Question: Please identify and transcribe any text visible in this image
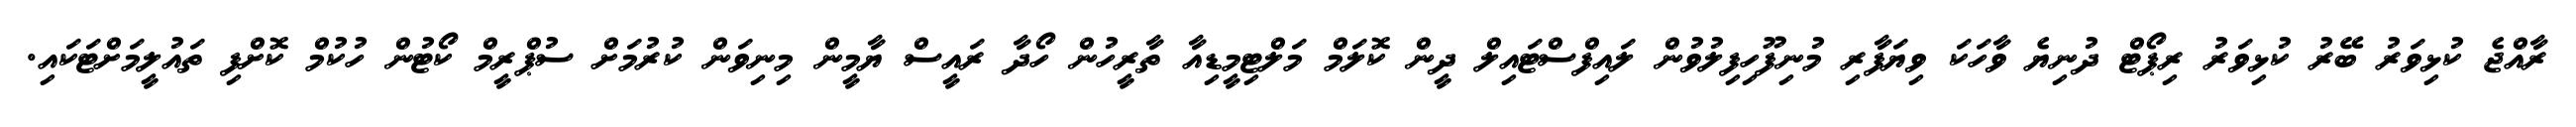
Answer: ރާއްޖެ ކުޅިވަރު ބޭރު ކުޅިވަރު ރިޕޯޓް ދުނިޔެ ވާހަކަ ވިޔަފާރި މުނިފޫހިފިލުވުން ލައިފްސްޓައިލް ދީން ކޮލަމް މަލްޓިމީޑިއާ ތާރީހުން ހޯދާ ރައީސް ޔާމީން މިނިވަން ކުރުމަށް ސުޕްރީމް ކޯޓުން ހުކުމް ކޮށްފި ތައުލީމަށްޓަކައި.